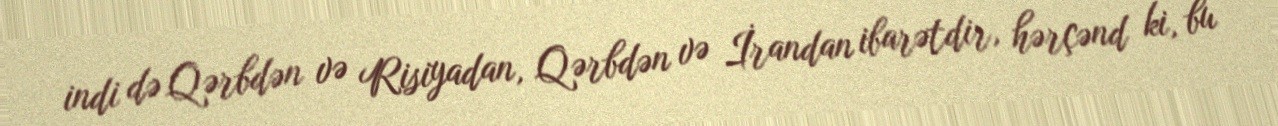
indi də Qərbdən və Risiyadan, Qərbdən və İrandan ibarətdir, hərçənd ki, bu